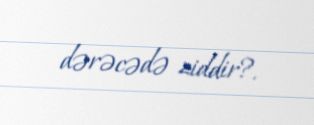
dərəcədə ziddir?.